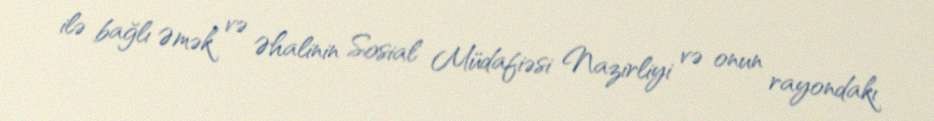
ilə bağlı Əmək və Əhalinin Sosial Müdafiəsi Nazirliyi və onun rayondakı